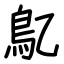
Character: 鳦